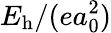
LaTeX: E_{\mathrm{h}}/(ea_{0}^{2})